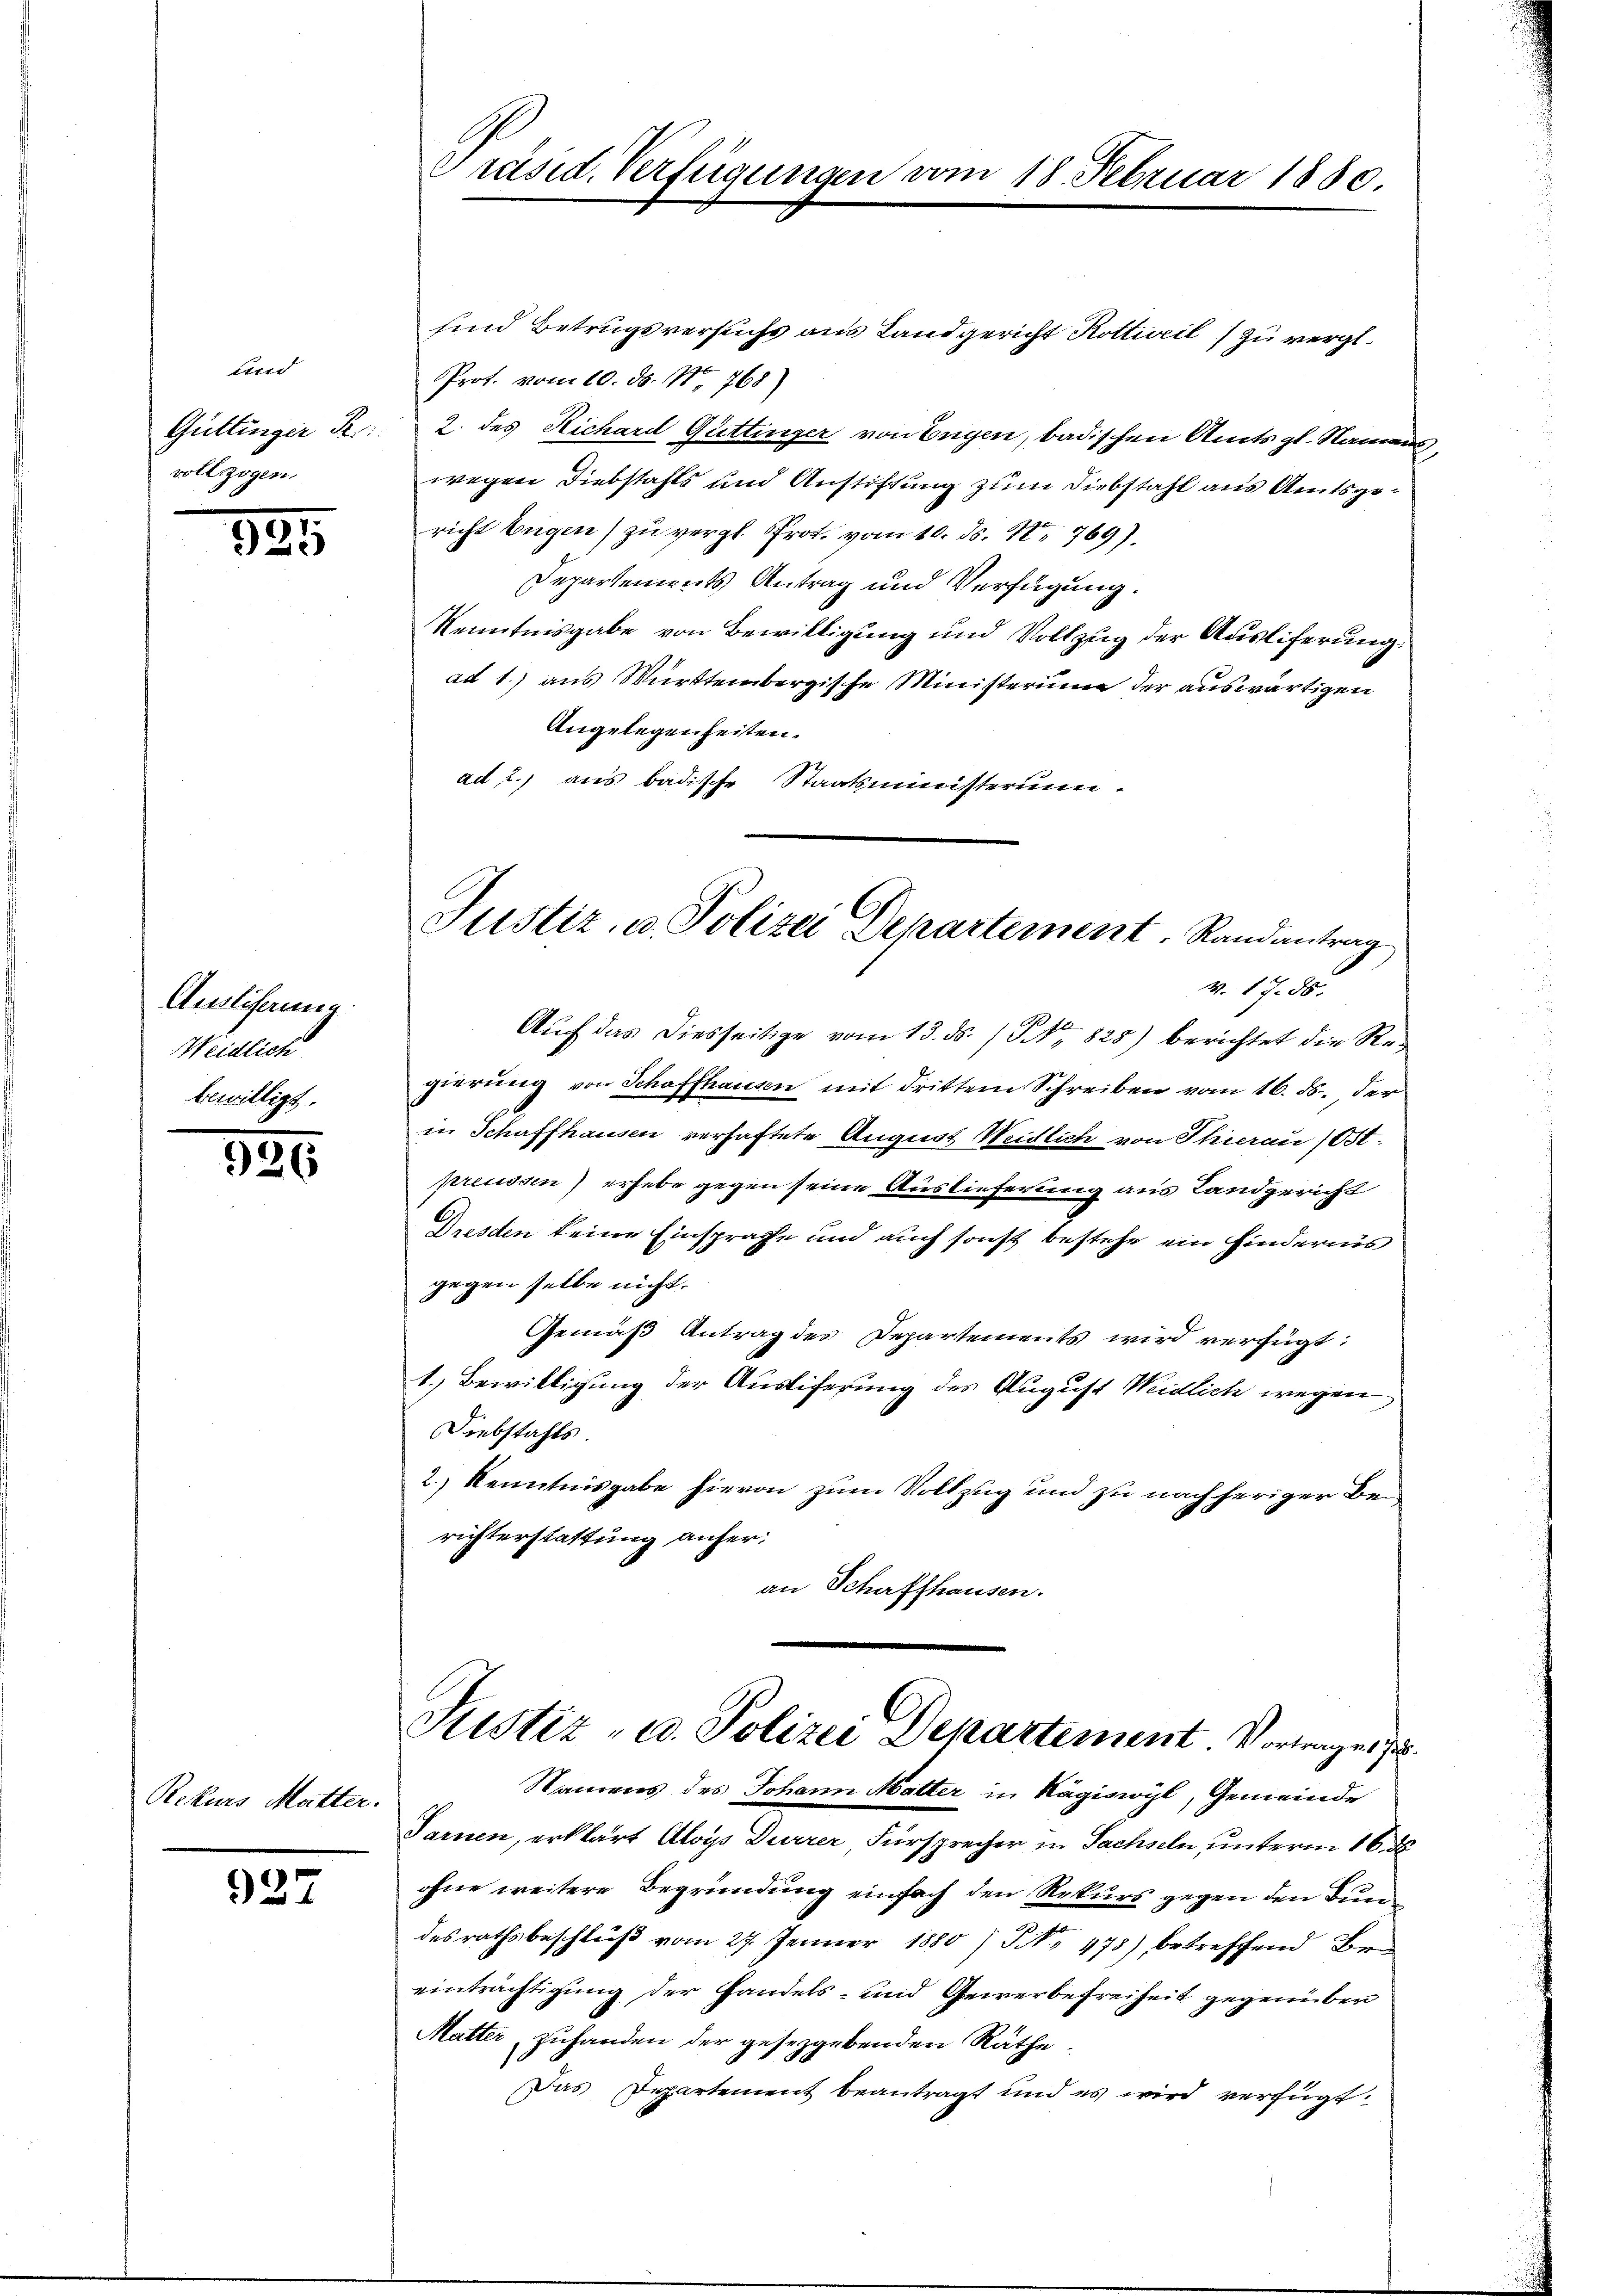
Land
vollzogen.

821

Auslicherung.
Weidlich
bewilligt.

186

Rekurs Mutter.

927

sind Betrugsversuchs aus Landgericht Kottweil zu vergl.
Prof. vom 10. ds. N. 768)
Güttinger R. 2. des Richard Guttinger von Engen, badischen Amts gl. Name
wegen Diebstahls und Anstiftung zum Diebstahl aus Amtsgericht Eugen) zu vergl. Prot. vom 10. ds. N. 769).
Departements Antrag und Verfügung.
Kenntnisgabe von Bewilligung und Vollzug der Ausliferung:
ad 1.) aus Württembergische Ministerium der auswärtigen
Angelegenheiten.
ad 2.) aus badische Staatsministerium
Auch das diesseitige vom 13. ds. 1 S. 828) berichtet die Regierŭng von Schaffhausen mit drittem Schreiben vom 16. ds., der
in Schaffhausen verhaftete August Weidlich von Thierau (Ost
preussen) erhebe gegen seine Auslieferung aus Landgericht
Dresden keine Einsprache und auch sonst bestehe ein Hindernis
gegen selbe nicht.
Gemäß Antrag des Departements wird verfügt:
1.) Bewilligung der Ausliferung des August Weidlich wegen
Diebstahls.
2.) Kenntnisgabe hievon zum Vollzug und zu nachheriger Berichterstattung aufer.
an Schaffhausen.

Präsid. Verfügungen vom 18. Februar 1880.

Justiz- u. Polizei Departement. Randantrag

M. 17. 86.

Justiz- u. Polizei Departement Vortrages
Namens des Johann Matter in Kägiswyl, Gemeinde
Sarnen, erklärt Aloys Durrer, Fürsprecher in Sachseln unterm 16. ds.

ohne weitere Begründung einfach den Rekurs gegen den Bundesrathsbeschluß vom 27. Jenner 1880) S. 475), betreffend Beeinträchtigung der Handels- und Gewerbefreiheit gegenüber
Matter, zuhanden der geseggebenden Räthe
Das Departement beantragt und es wird verfügt: